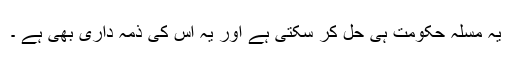
یہ مسلہ حکومت ہی حل کر سکتی ہے اور یہ اس کی ذمہ داری بھی ہے ۔